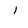
Character: l